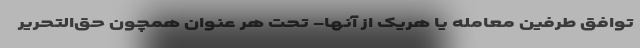
توافق طرفین معامله یا هریک از آنها- تحت هر عنوان همچون حق‌التحریر